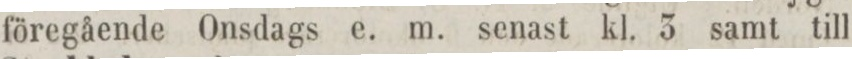
föregående Onsdags e. m. senast kl. 3 samt till